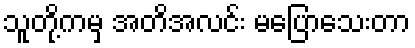
သူတို့ကမှ အတိအလင်း မပြောသေးတာ